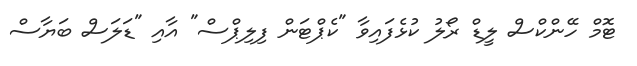
ޓޮމް ހޭންކްސް ލީޑް ރޯލު ކުޅެފައިވާ "ކެޕްޓަން ފިލިޕްސް" އާއި "ޑަލަސް ބަޔާސް